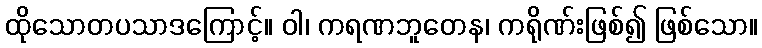
ထိုသောတပသာဒကြောင့်။ ဝါ၊ ကရဏဘူတေန၊ ကရိုဏ်းဖြစ်၍ ဖြစ်သော။